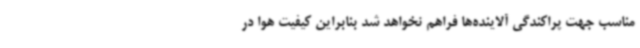
مناسب جهت پراکندگی آلاینده‌ها فراهم نخواهد شد بنابراین کیفیت هوا در